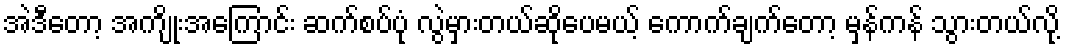
အဲဒီတော့ အကျိုးအကြောင်း ဆက်စပ်ပုံ လွဲမှားတယ်ဆိုပေမယ့် ကောက်ချက်တော့ မှန်ကန် သွားတယ်လို့